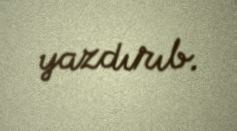
yazdırıb.